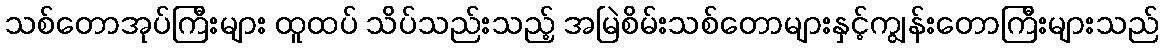
သစ်တောအုပ်ကြီးများ ထူထပ် သိပ်သည်းသည့် အမြဲစိမ်းသစ်တောများနှင့်ကျွန်းတောကြီးများသည်